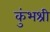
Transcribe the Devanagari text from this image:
कुंभश्री